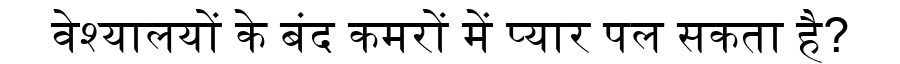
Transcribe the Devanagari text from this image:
वेश्यालयों के बंद कमरों में प्यार पल सकता है?